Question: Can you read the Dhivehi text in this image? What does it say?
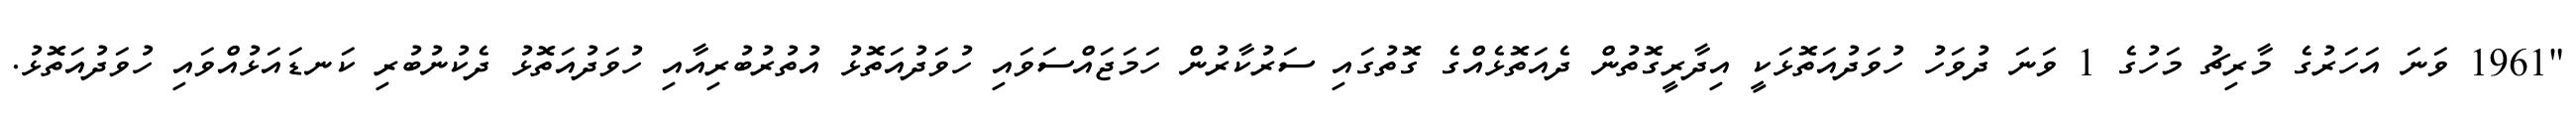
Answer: "1961 ވަނަ އަހަރުގެ މާރިޗު މަހުގެ 1 ވަނަ ދުވަހު ހުވަދުއަތޮޅަކީ އިދާރީގޮތުން ދެއަތޮޅެއްގެ ގޮތުގައި ސަރުކާރުން ހަމަޖައްސަވައި ހުވަދުއަތޮޅު އުތުރުބުރިއާއި ހުވަދުއަތޮޅު ދެކުނުބުރި ކަނޑައަޅުއްވައި ހުވަދުއަތޮޅު.